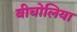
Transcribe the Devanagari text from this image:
बीचोलिया